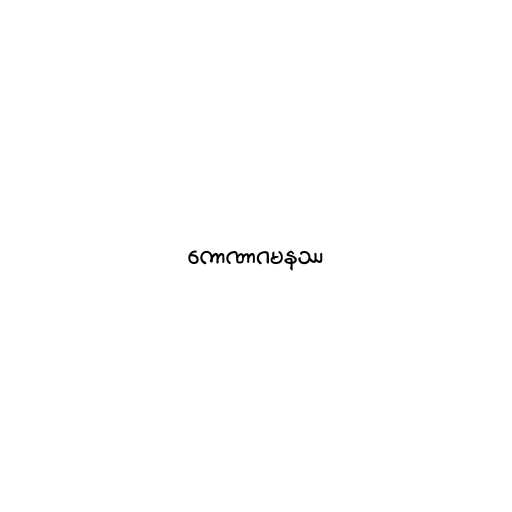
ကောဏာဂမနဿ